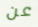
عن